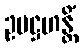
ဥပဋ္ဌဟန္တိံ